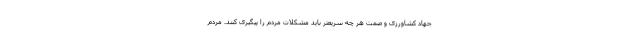
جهاد کشاورزی و صمت هر چه سریعتر باید مشکلات مردم را پیگیری کنند. مردم